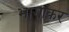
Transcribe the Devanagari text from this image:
भागाकर